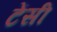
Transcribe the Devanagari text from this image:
टेंसी